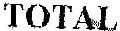
TOTAL